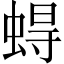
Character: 𧍋